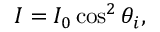
I = I _ { 0 } \cos ^ { 2 } \theta _ { i } ,